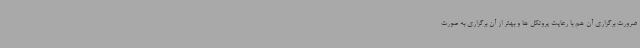
ضرورت برگزاری آن هم با رعایت پروتکل ها و بهتر از آن برگزاری به صورت